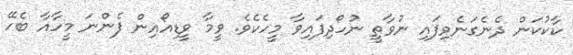
ކާކުކަން ދެނެގަނެވިފައި ނުވާތީ ނުހޯދިފައިވާ މީހެކެވެ. ވީމާ ވީޑިއޯއިން ފެންނަ މީހާއާ ބެހޭ